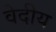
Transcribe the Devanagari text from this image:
वेदीय